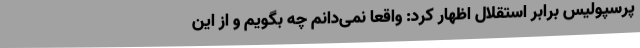
پرسپولیس برابر استقلال اظهار کرد: واقعا نمی‌دانم چه بگویم و از این